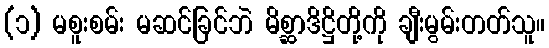
(၁) မစူးစမ်း မဆင်ခြင်ဘဲ မိစ္ဆာဒိဋ္ဌိတို့ကို ချီးမွမ်းတတ်သူ။